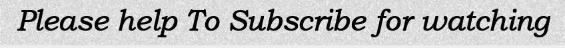
Please help To Subscribe for watching